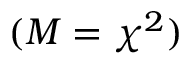
( M = \chi ^ { 2 } )